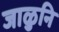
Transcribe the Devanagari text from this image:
जाळुनि